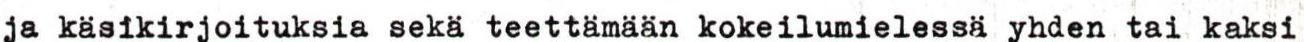
ja käsikirjoituksia sekä teettämään kokeilumielessä yhden tai kaksi